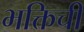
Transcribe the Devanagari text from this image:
भक्तिची